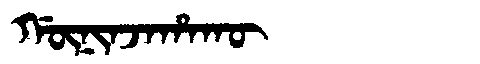
Manchu: ᡤᡡᠨᡳᠨᠵᠠᡥᠠᡴᡡ
Romanization: GŪNINJAHAKŪ